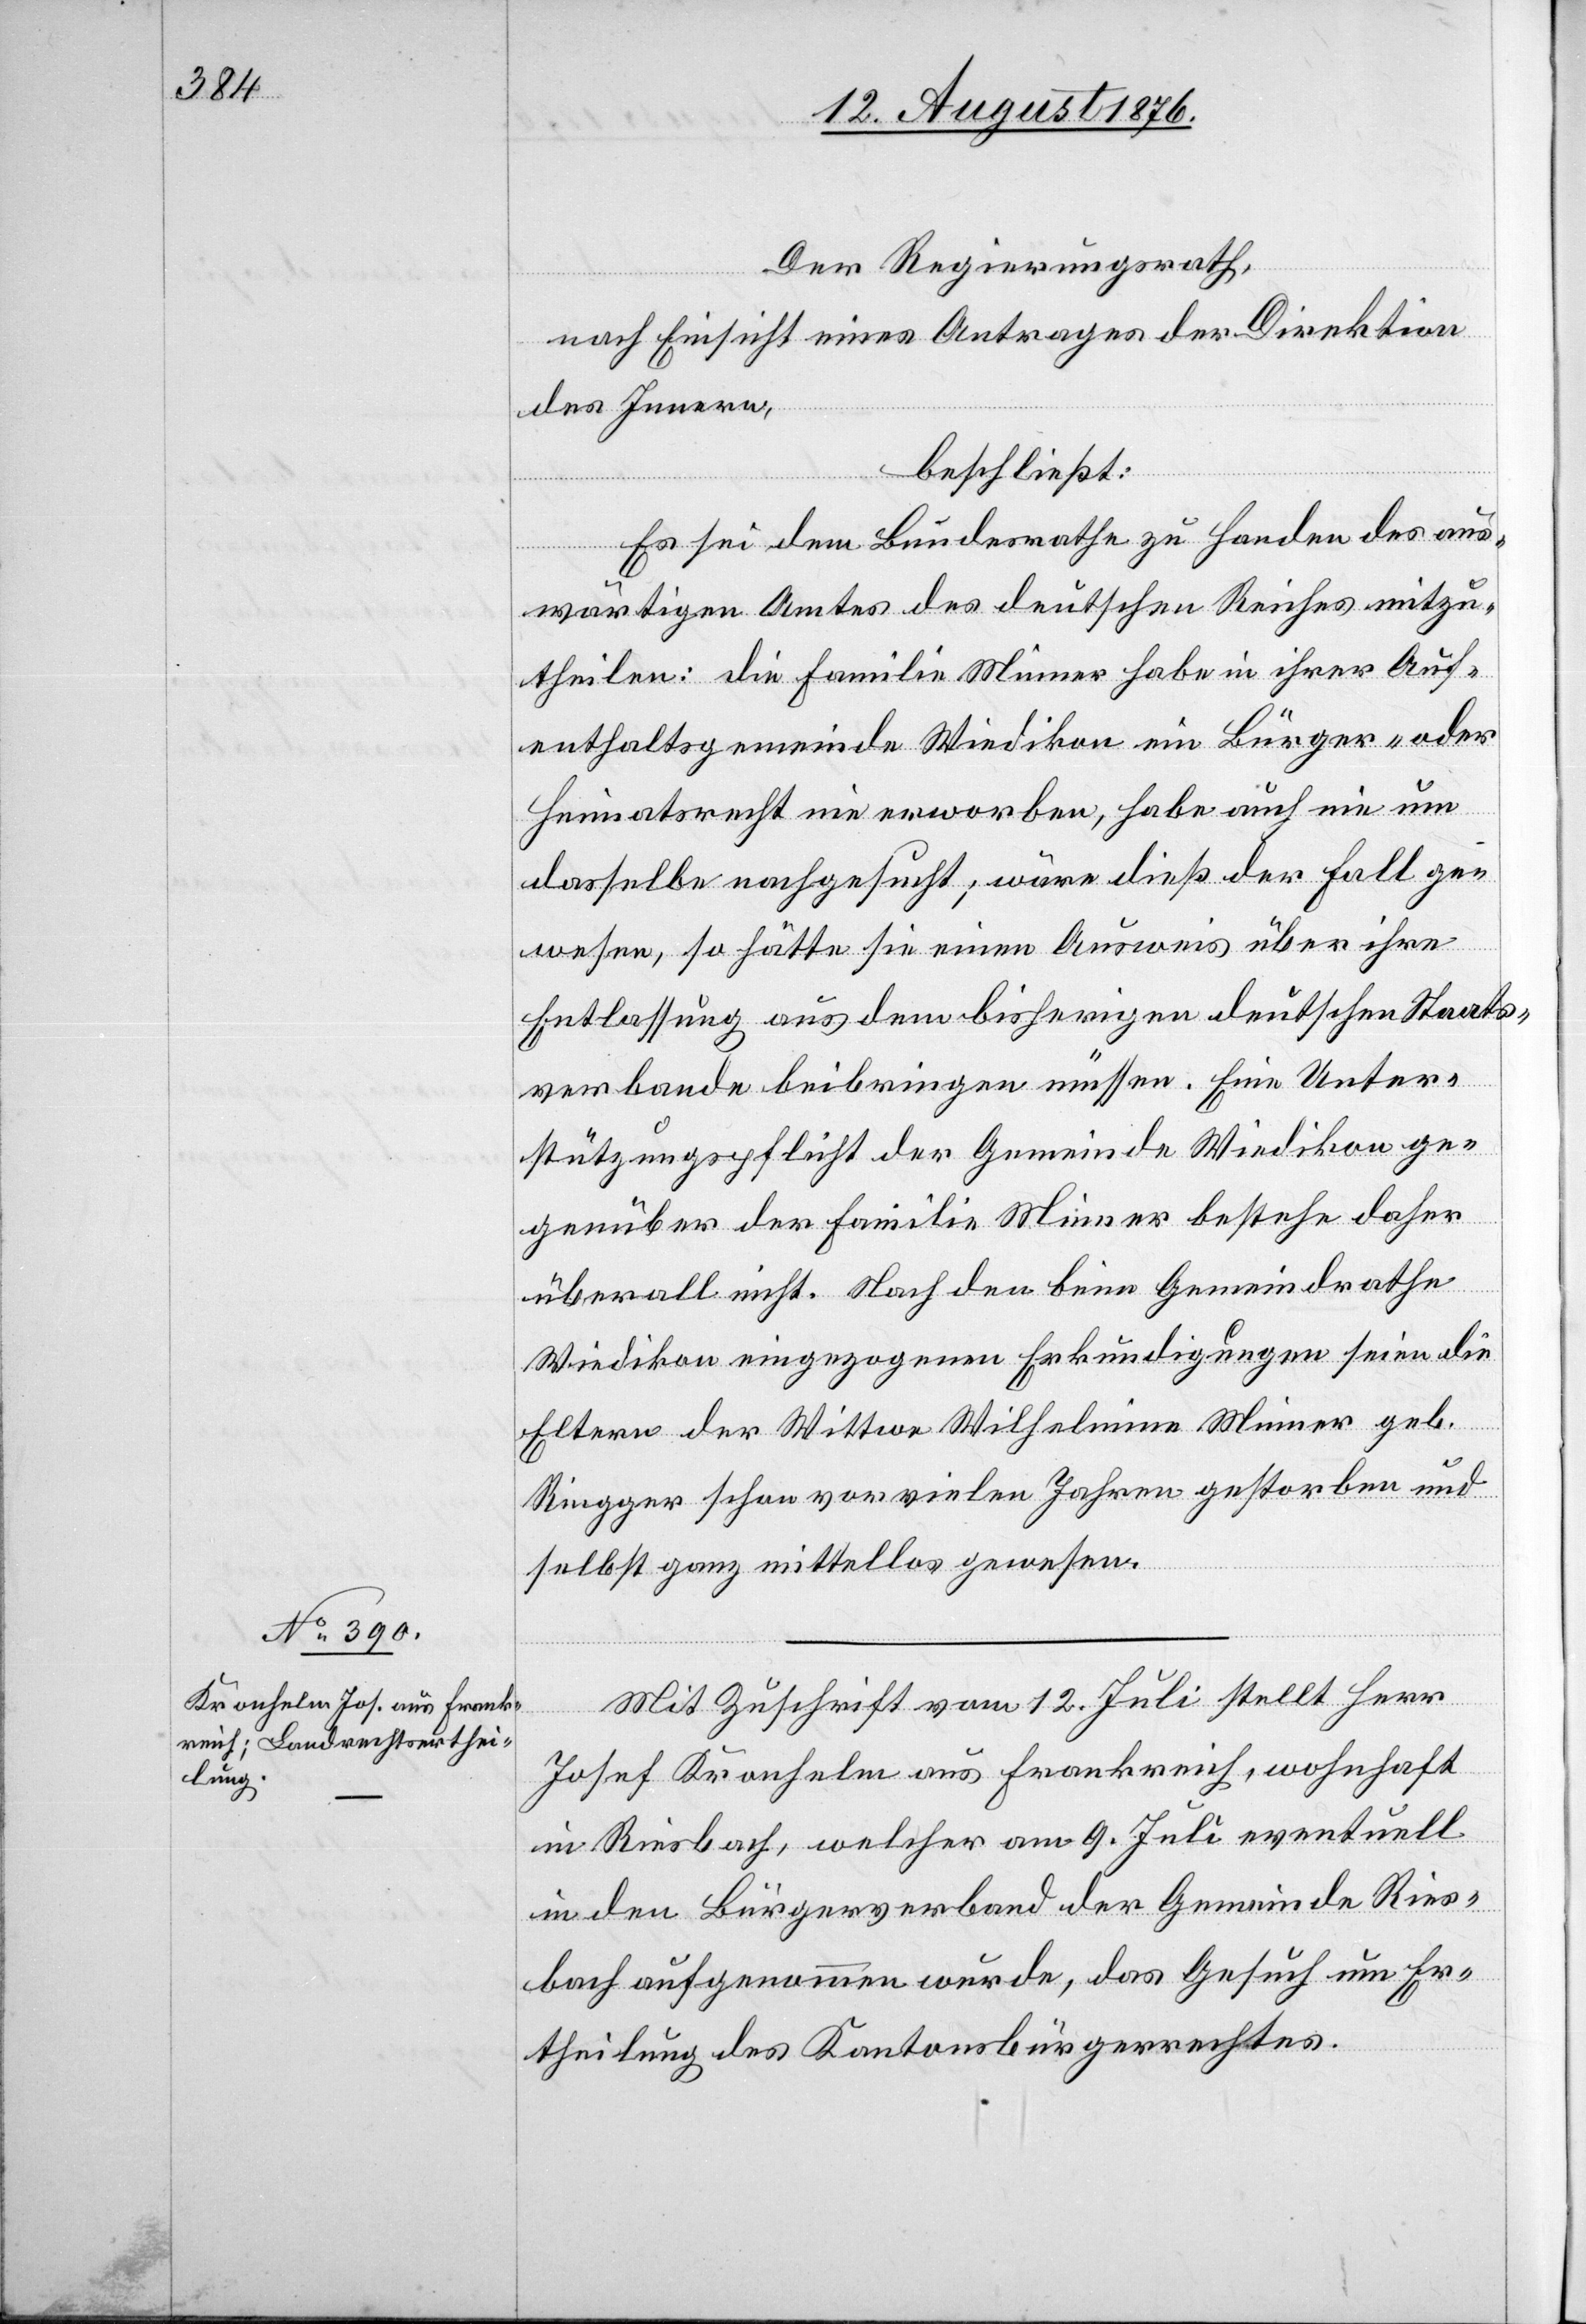
Der Regierungsrath,
nach Einsicht eines Antrages der Direktion
des Innern,
beschließt:
Es sei dem Bundesrathe zu Handen des aus¬
wärtigen Amtes des deutschen Reiches mitzu¬
theilen: die Familie habe in ihrer Auf¬
enthaltsgemeinde Wiedikon ein Bürger- oder
Heimatsrecht nie erworben, habe auch nie um
dasselbe nachgesucht; wäre dieß der Fall ge¬
wesen, so hätte sie einen Ausweis über ihre
Entlassung aus dem bisherigen deutschen Staats¬
verbande beibringen müssen. Eine Unter¬
stützungspflicht der Gemeinde Wiedikon ge¬
genüber der Familie Minner bestehe daher
überall nicht. Nach den beim Gemeindrathe
Wiedikon eingezogenen Erkundigungen seien die
Eltern der Wittwe Wilhelmina Minner geb.
Ringger schon vor vielen Jahren gestorben und
selbst ganz mittellos gewesen.
Mit Zuschrift vom 12. Juli stellt Herr
Josef Kronhelm aus Frankreich, wohnhaft
in Riesbach, welcher am 9. Juli eventuell
in den Bürgerverband der Gemeinde Ries¬
bach aufgenommen wurde, das Gesuch um Er¬
theilung des Kantonsbürgerrechtes.